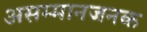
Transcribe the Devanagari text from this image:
असम्मानजनक